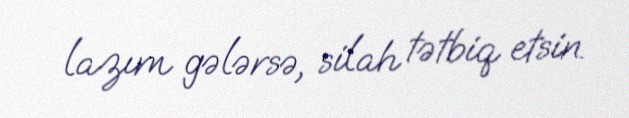
lazım gələrsə, silah tətbiq etsin.